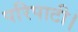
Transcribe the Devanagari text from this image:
परिपाटी।